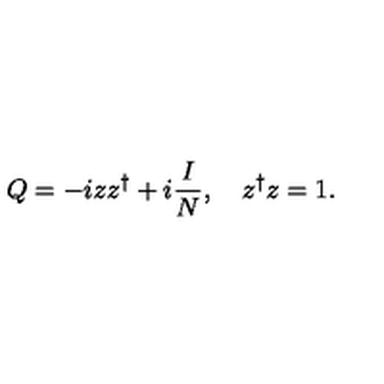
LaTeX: Q = - i z z ^ { \dagger } + i \frac { I } { N } , \quad z ^ { \dagger } z = 1 .